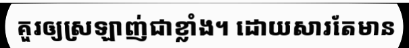
គួរឲ្យស្រឡាញ់ជាខ្លាំង។ ដោយសារតែមាន